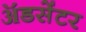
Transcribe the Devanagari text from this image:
ॲडसेंटर